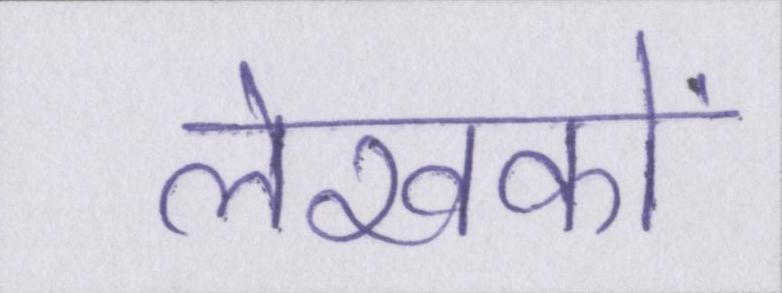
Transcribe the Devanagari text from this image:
लेखकों